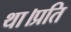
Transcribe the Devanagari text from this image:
था।प्रति